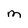
Character: M